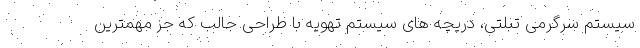
سیستم سرگرمی تبلتی، دریچه های سیستم تهویه با طراحی جالب که جز مهمترین